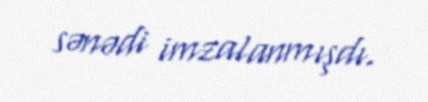
sənədi imzalanmışdı.